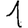
Digit: 1